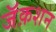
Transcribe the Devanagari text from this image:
जॅक़शन